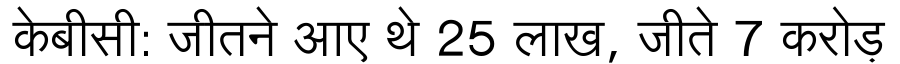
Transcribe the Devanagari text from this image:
केबीसी: जीतने आए थे 25 लाख, जीते 7 करोड़